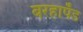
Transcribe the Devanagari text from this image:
बरहापॅड